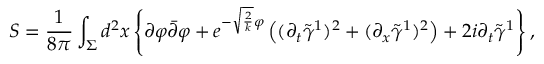
S = \frac { 1 } { 8 \pi } \int _ { \Sigma } d ^ { 2 } x \left\{ \partial \varphi \bar { \partial } \varphi + e ^ { - \sqrt { \frac { 2 } { k } } \varphi } \left( ( \partial _ { t } \tilde { \gamma } ^ { 1 } ) ^ { 2 } + ( \partial _ { x } \tilde { \gamma } ^ { 1 } ) ^ { 2 } \right) + 2 i \partial _ { t } \tilde { \gamma } ^ { 1 } \right\} ,